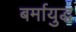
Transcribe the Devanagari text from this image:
बर्मायुद्ध